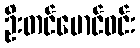
ဦးတင်မောင်ဝင်း